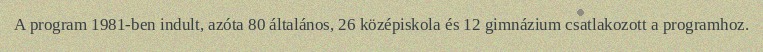
A program 1981-ben indult, azóta 80 általános, 26 középiskola és 12 gimnázium csatlakozott a programhoz.